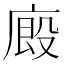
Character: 廄